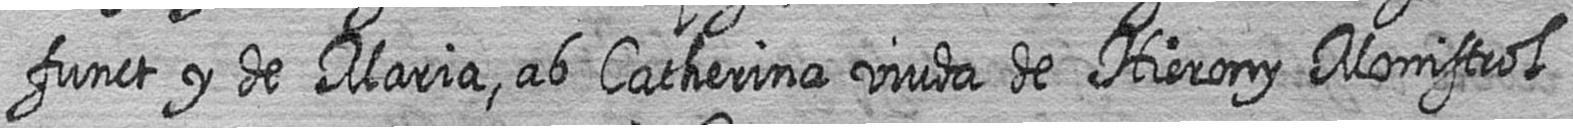
funct y de Maria ab Catherina viuda de Hierony Monistrol